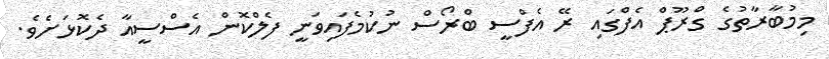
މިމުބާރާތުގެ ގްރޫޕް އެފްގައި ރޭ އެފްސީ ބްރޯސް ނުކުމެފައިވަނީ ފެލްކޮން އެސްސީއާ ދެކޮޅަށެވެ.